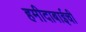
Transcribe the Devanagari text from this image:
हमीदाबाईची